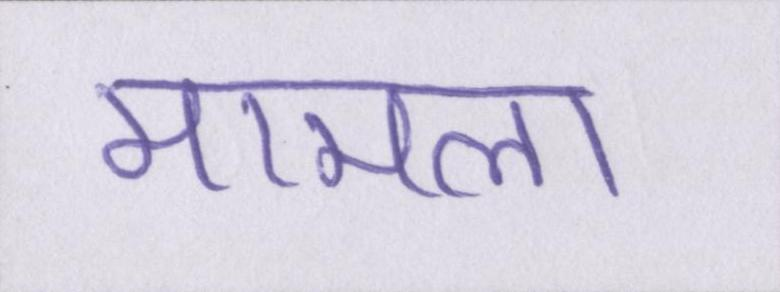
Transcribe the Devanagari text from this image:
मामला